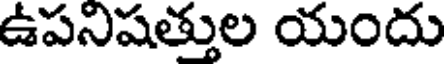
ఉపనిషత్తుల యందు